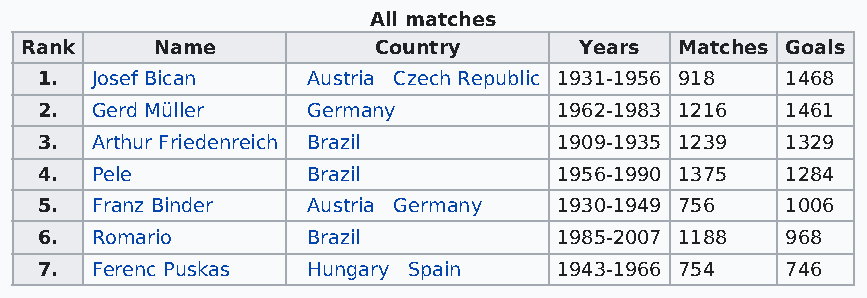
All matches
 Rank     Name           Country      Years  Matches Goals
 1.  Josef Bican   Austria Czech Republic 1931-1956 918 1468
 2.  Gerd Müller   Germany          1962-1983 1216 1461
 3.  Arthur Friedenreich Brazil     1909-1935 1239 1329
 4.  Pele          Brazil           1956-1990 1375 1284
 5.  Franz Binder  Austria Germany  1930-1949 756  1006
 6.  Romario       Brazil           1985-2007 1188 968
 7.  Ferenc Puskas Hungary Spain    1943-1966 754  746